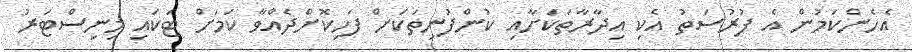
އެހެންކަމުން އެ ފުރުސަތު އެކި އިދާރާތަކަށާއި ކުންފުނިތަކަށް ފަހިކޮށްދެއްވާ ކަމަށް ޓަކައި މިނިސްޓަރު